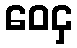
ဝေငှ